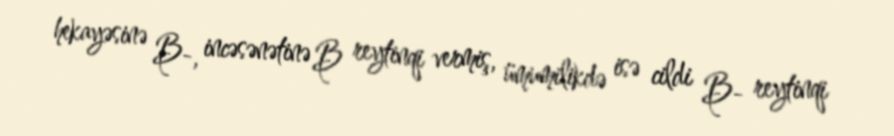
hekayəsinə B-, incəsənətinə B reytinqi vermiş, ümumilikdə isə cildi B- reytinqi